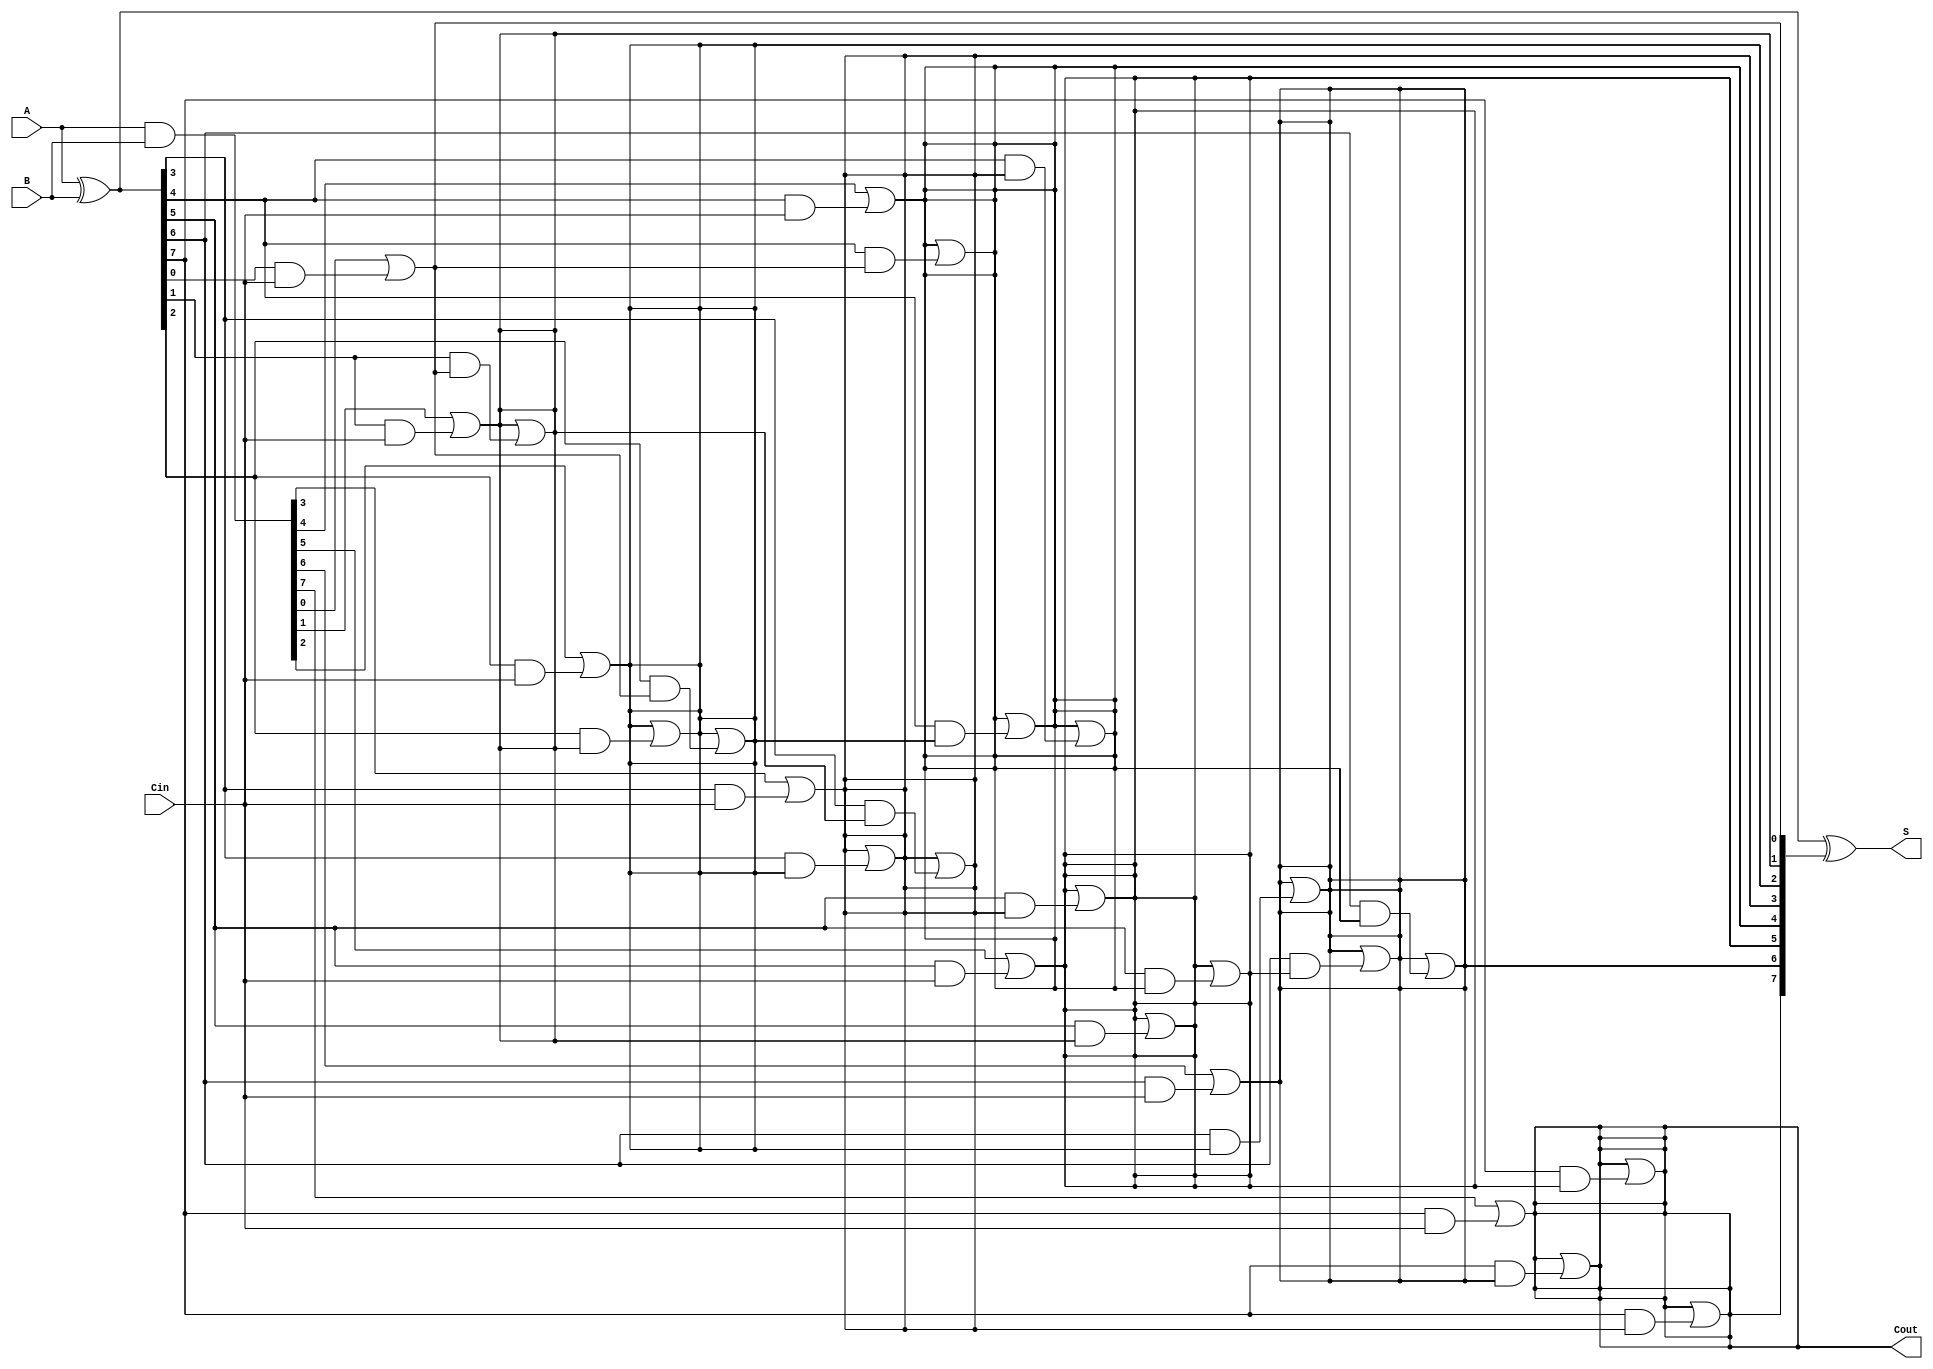
module KoggeStoneAdder #(
    parameter N = 8 // Number of bits (default is 8)
)(
    input  [N-1:0] A,    // First operand
    input  [N-1:0] B,    // Second operand
    input          Cin,   // Carry-in
    output [N-1:0] S,     // Sum output
    output         Cout    // Carry-out
);

    wire [N-1:0] G; // Generate
    wire [N-1:0] P; // Propagate
    wire [N:0] C;   // Carry

    // Generate and Propagate calculations
    assign G = A & B;           // G[i] = A[i] & B[i]
    assign P = A ^ B;           // P[i] = A[i] ^ B[i]

    // Carry calculation using Kogge-Stone prefix logic
    assign C[0] = Cin; // Initial carry

    genvar i, j, k;
    generate
        for (i = 0; i < N; i = i + 1) begin : stage0
            assign C[i+1] = G[i] | (P[i] & C[0]); // First stage
        end

        for (k = 1; k < N; k = k * 2) begin : stages
            for (j = 0; j < N; j = j + 1) begin : stage
                if (j >= k) begin
                    assign C[j+1] = C[j+1] | (P[j] & C[j-k+1]);
                end
            end
        end
    endgenerate

    // Sum calculation
    assign S = P ^ C[N:1]; // S[i] = P[i] ^ C[i]

    // Final carry-out
    assign Cout = C[N];

endmodule